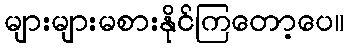
များများမစားနိုင်ကြတော့ပေ။